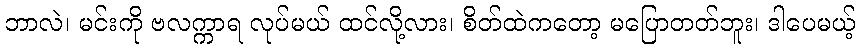
ဘာလဲ၊ မင်းကို ဗလက္ကာရ လုပ်မယ် ထင်လို့လား၊ စိတ်ထဲကတော့ မပြောတတ်ဘူး၊ ဒါပေမယ့်